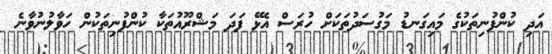
އަދި ކުންފުނިތަކުގެ މައިގަނޑު މަގުސަދުތަކަށް ހުރަސް އެޅޭ ފަދަ މަޝްރޫއުތަކާ ކުންފުނިތަކުން ހަވާލުނުވާނެ